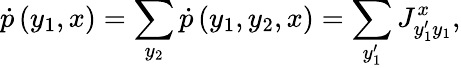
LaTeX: \dot{p}\left(y_{1},x\right)=\sum_{y_{2}}\dot{p}\left(y_{1},y_{2},x\right)=\sum_{y_{1}^{\prime}}J_{y_{1}^{\prime}y_{1}}^{x},